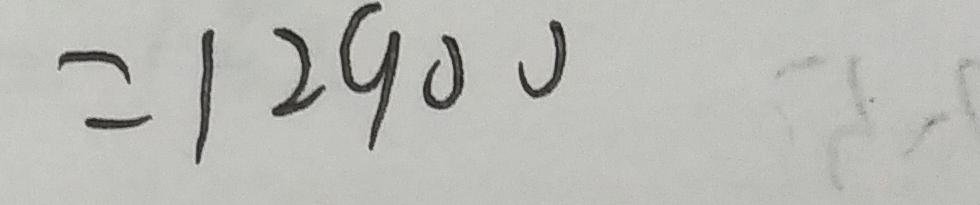
= 1 2 9 0 0